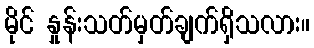
မိုင် နှုန်းသတ်မှတ်ချက်ရှိသလား။